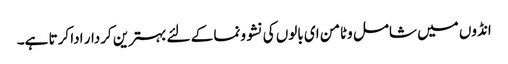
انڈوں میں شامل وٹامن ای بالوں کی نشوونما کے لئے بہترین کردار ادا کرتا ہے۔